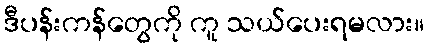
ဒီပန်းကန်တွေကို ကူ သယ်ပေးရမလား။